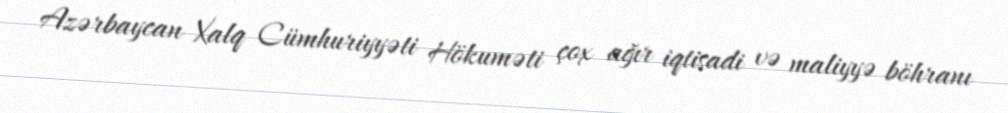
Azərbaycan Xalq Cümhuriyyəti Hökuməti çox ağır iqtisadi və maliyyə böhranı